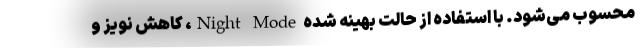
محسوب می‌شود. با استفاده از حالت بهینه شده Night Mode، کاهش نویز و